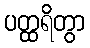
ပတ္ထရိတွာ